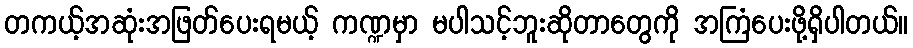
တကယ့်အဆုံးအဖြတ်ပေးရမယ့် ကဏ္ဍမှာ မပါသင့်ဘူးဆိုတာတွေကို အကြံပေးဖို့ရှိပါတယ်။